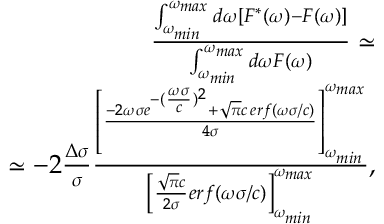
\begin{array} { r l r } & { } & { \frac { \int _ { \omega _ { m i n } } ^ { \omega _ { m a x } } d \omega [ F ^ { * } ( \omega ) - F ( \omega ) ] } { \int _ { \omega _ { m i n } } ^ { \omega _ { m a x } } d \omega F ( \omega ) } \simeq } \\ & { } & { \simeq - 2 \frac { \Delta \sigma } { \sigma } \frac { \left[ \frac { - 2 \omega \sigma e ^ { - ( \frac { \omega \sigma } { c } ) ^ { 2 } } + \sqrt { \pi } c \, e r f \left( \omega \sigma / c \right) } { 4 \sigma } \right] _ { \omega _ { m i n } } ^ { \omega _ { m a x } } } { \left[ \frac { \sqrt { \pi } c } { 2 \sigma } e r f ( \omega \sigma / c ) \right] _ { \omega _ { m i n } } ^ { \omega _ { m a x } } } , } \end{array}